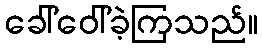
ခေါ်ဝေါ်ခဲ့ကြသည်။